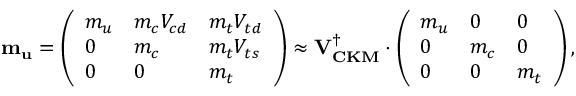
{ \bf m _ { u } } = \left( \begin{array} { l l l } { { m _ { u } } } & { { m _ { c } V _ { c d } } } & { { m _ { t } V _ { t d } } } \\ { { 0 } } & { { m _ { c } } } & { { m _ { t } V _ { t s } } } \\ { { 0 } } & { { 0 } } & { { m _ { t } } } \end{array} \right) \approx { \bf V _ { C K M } ^ { \dagger } } \cdot \left( \begin{array} { l l l } { { m _ { u } } } & { { 0 } } & { { 0 } } \\ { { 0 } } & { { m _ { c } } } & { { 0 } } \\ { { 0 } } & { { 0 } } & { { m _ { t } } } \end{array} \right) ,